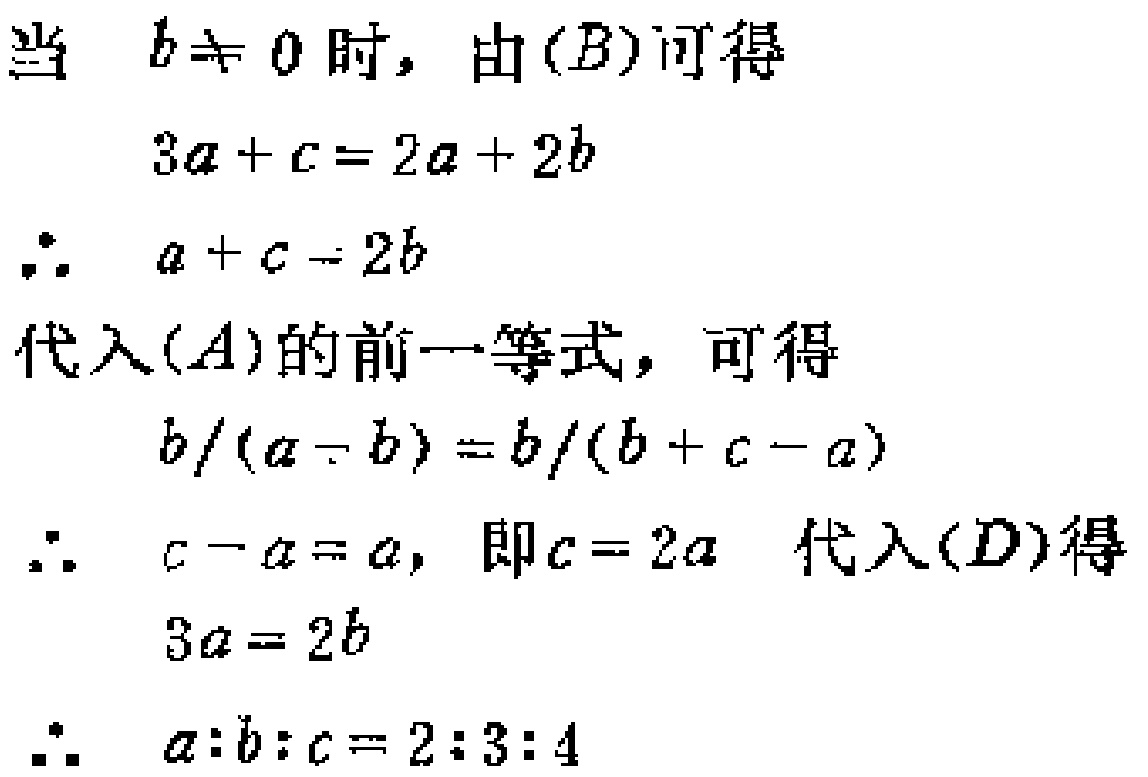
当 \(b\neq 0\) 时，由\((B)\)可得
\[
3a + c = 2a + 2b
\]
\[
\therefore a + c = 2b
\]
代入\((A)\)的前一等式，可得
\[
\frac{b}{a - b}=\frac{b}{b + c - a}
\]
\[
\therefore c - a = a,\ 即c = 2a \ 代入(D)得
\]
\[
3a = 2b
\]
\[
\therefore a:b:c = 2:3:4
\]